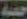
حمة